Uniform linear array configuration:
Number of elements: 32
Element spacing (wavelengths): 0.5
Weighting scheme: hamming
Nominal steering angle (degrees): -15
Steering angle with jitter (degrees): -13.824
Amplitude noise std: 0.05
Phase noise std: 0.05

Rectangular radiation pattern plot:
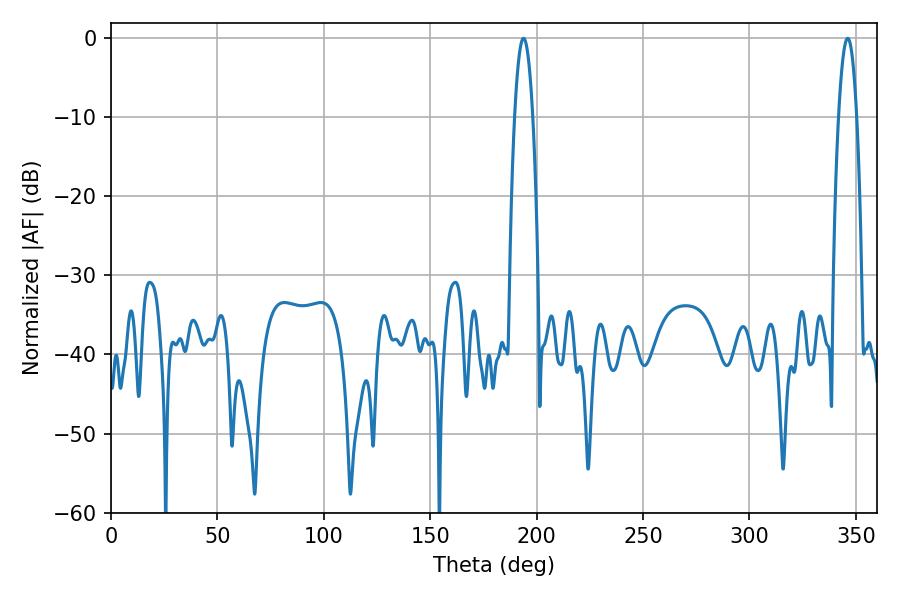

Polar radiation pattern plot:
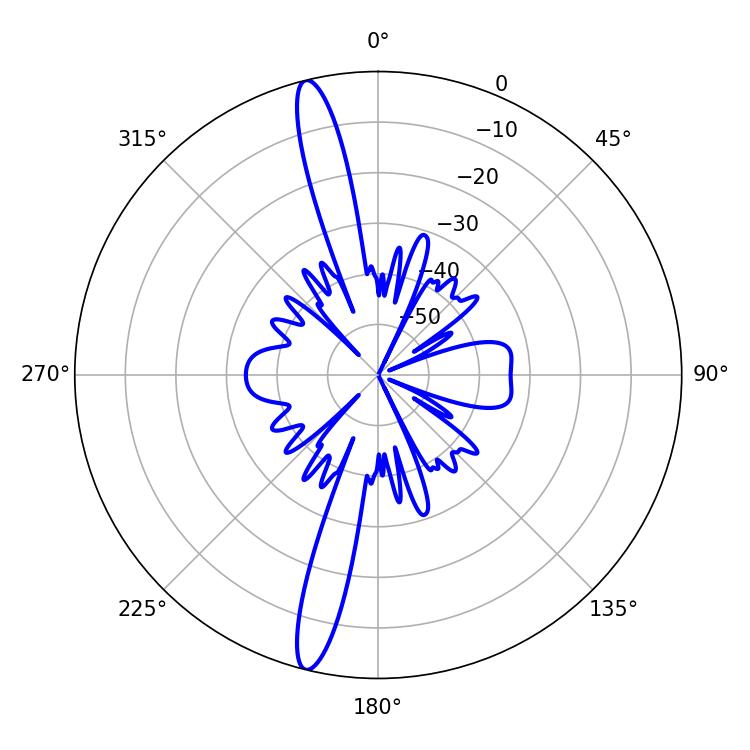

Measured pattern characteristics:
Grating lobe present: FALSE
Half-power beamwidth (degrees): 4.68
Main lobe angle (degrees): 193.86